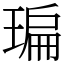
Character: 㻞